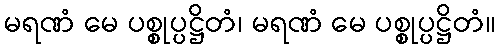
မရဏံ မေ ပစ္စုပ္ပဋ္ဌိတံ၊ မရဏံ မေ ပစ္စုပ္ပဋ္ဌိတံ။